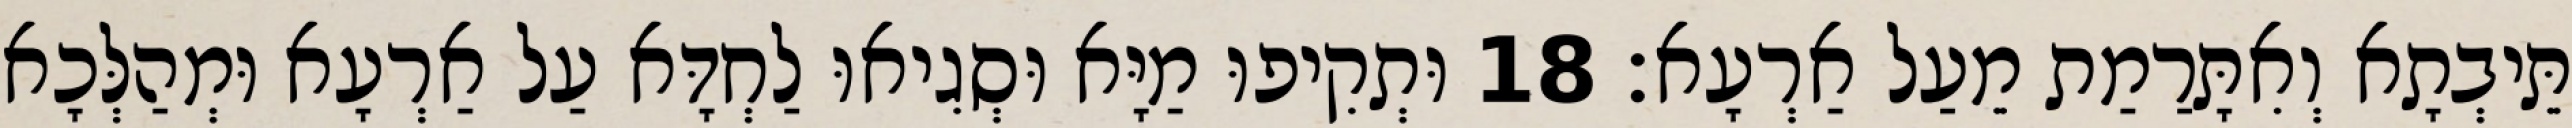
תֵּיבְתָא וְאִתָּרַמַת מֵעַל אַרְעָא׃ 18 וּתְקִיפוּ מַיָּא וּסְגִיאוּ לַחְדָּא עַל אַרְעָא וּמְהַלְּכָא